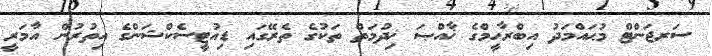
ސަރޖަންޓް މުޙައްމަދު އިބްރާހީމްގެ ޚާއްޞަ ޚިދުމަތް ތަކުގެ ތެރޭގައި ޑިއުޓީސެކްޝަންގެ އިތުރުން އާމަރީ